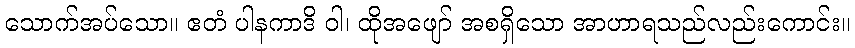
သောက်အပ်သော။ ဧတံ ပါနကာဒိ ဝါ၊ ထိုအဖျော် အစရှိသော အာဟာရသည်လည်းကောင်း။